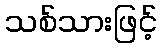
သစ်သားဖြင့်